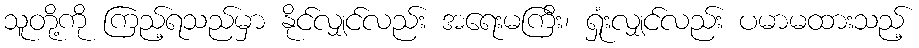
သူတို့ကို ကြည့်ရသည်မှာ နိုင်လျှင်လည်း အရေးမကြီး၊ ရှုံးလျှင်လည်း ပမာမထားသည့်